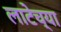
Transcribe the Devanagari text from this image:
लाटेच्या